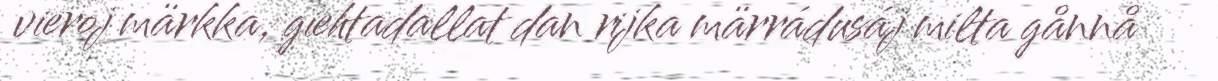
vieroj märkka, giehtadallat dan rijka märrádusáj milta gånnå